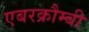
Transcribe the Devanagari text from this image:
एबरक्रौम्बी